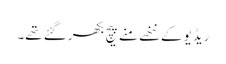
ریڈیو کے ننھے منے پیچ بکھر گئے تھے۔